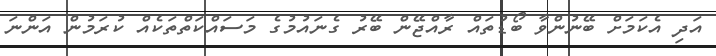
އަދި އެކަމަށް ބޭނުންވާ ބޯޑުތައް ރާއްޖޭން ބޭރު ގެނައުމުގެ މަސައްކަތްތަކެއް ކުރަމުން އަންނަ